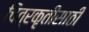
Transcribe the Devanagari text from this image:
चित्रकृतींसाठी